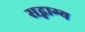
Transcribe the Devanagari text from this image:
सद्भाग्य